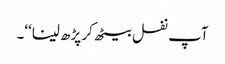
آپ نفل بیٹھ کر پڑھ لینا‘‘۔